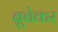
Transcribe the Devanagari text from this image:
ब्रूबेकर